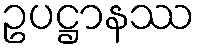
ဥပဋ္ဌာနဿ